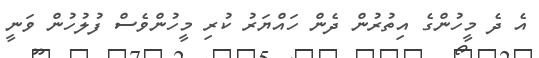
އެ ދެ މީހުންގެ އިތުރުން ދެން ހައްޔަރު ކުރި މީހުންވެސް ފުލުހުން ވަނީ